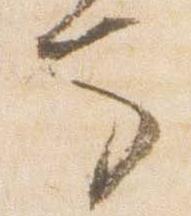
馬